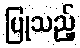
ပြုသည့်